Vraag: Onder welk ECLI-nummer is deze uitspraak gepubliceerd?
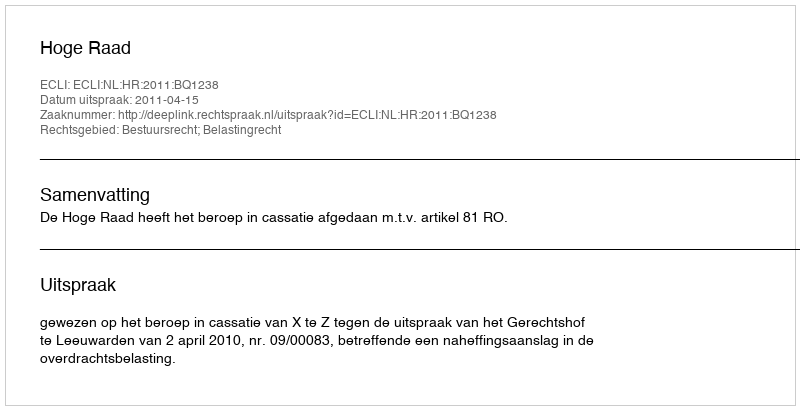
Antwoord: ECLI:NL:HR:2011:BQ1238